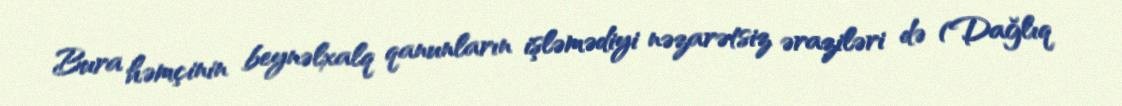
Bura həmçinin beynəlxalq qanunların işləmədiyi nəzarətsiz əraziləri də (Dağlıq